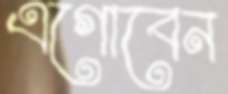
এগোবেন